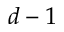
d - 1